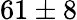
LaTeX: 61\pm 8